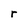
Character: r